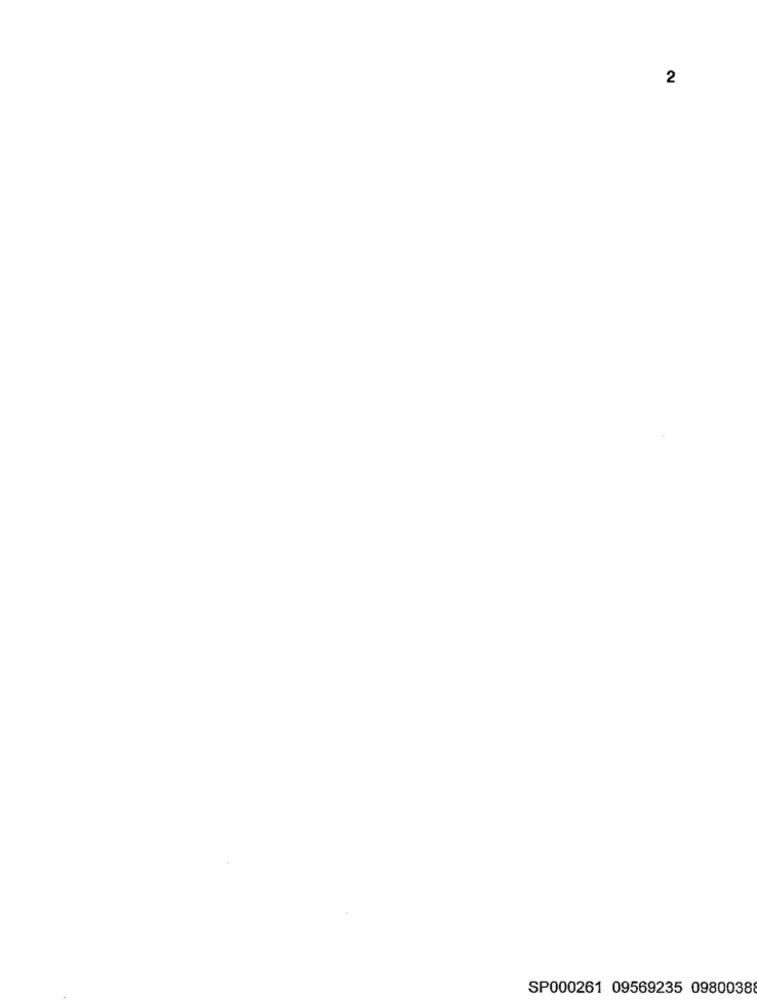
2
SP000261 09569235 0980038